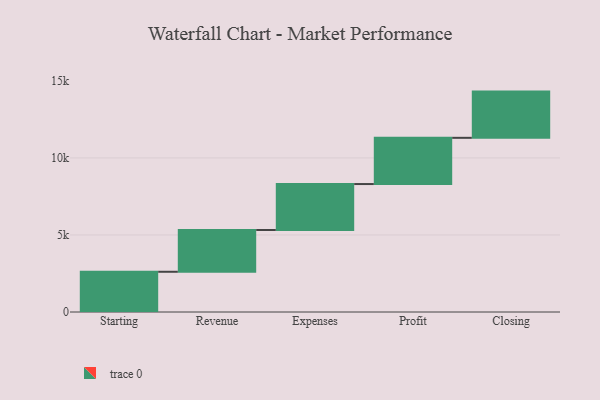
{"axis": {"x": "Step", "y": "Value"}, "legend": [""], "data": [{"x": "Starting", "y": 2611.0, "type": ""}, {"x": "Revenue", "y": 2713.0, "type": ""}, {"x": "Expenses", "y": 2982.0, "type": ""}, {"x": "Profit", "y": 3000, "type": ""}, {"x": "Closing", "y": 3000, "type": ""}]}